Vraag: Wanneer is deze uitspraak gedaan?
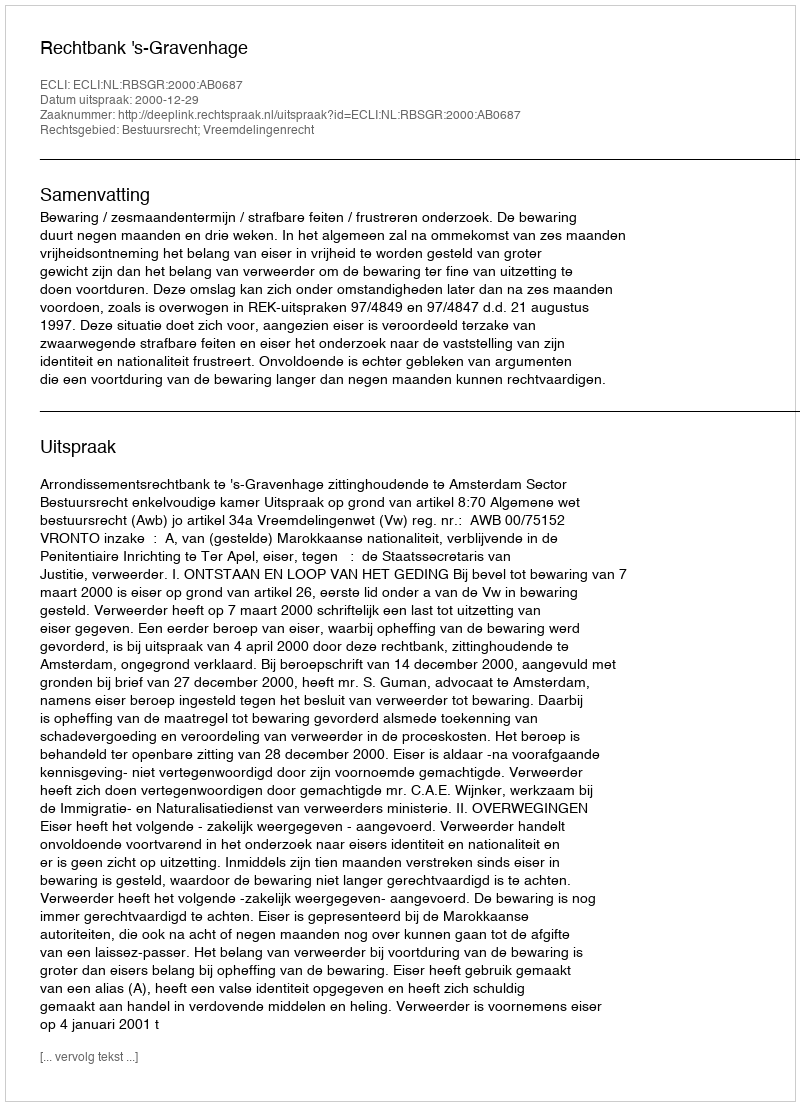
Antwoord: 2000-12-29